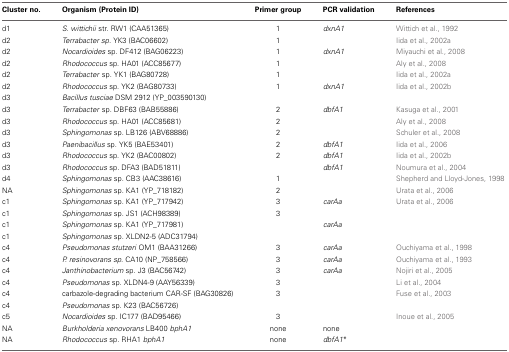
<table><thead><tr><td><b>Cluster no.</b></td><td><b>Organism (Protein ID)</b></td><td><b>Primer group</b></td><td><b>PCR validation</b></td><td><b>References</b></td></tr></thead><tbody><tr><td>d1</td><td><i>S. wittichii</i> str. RW1 (CAA51365)</td><td>1</td><td><i>dxnA1</i></td><td>Wittich et al., 1992</td></tr><tr><td>d2</td><td><i>Terrabacter sp.</i> YK3 (BAC06602)</td><td>1</td><td>[EMPTY_CELL]</td><td>Iida et al., 2002a</td></tr><tr><td>d2</td><td><i>Nocardioides</i> sp. DF412 (BAG06223)</td><td>1</td><td><i>dxnA1</i></td><td>Miyauchi et al., 2008</td></tr><tr><td>d2</td><td><i>Rhodococcus</i> sp. HA01 (ACC85677)</td><td>1</td><td>[EMPTY_CELL]</td><td>Aly et al., 2008</td></tr><tr><td>d2</td><td><i>Terrabacter</i> sp. YK1 (BAG80728)</td><td>1</td><td>[EMPTY_CELL]</td><td>Iida et al., 2002a</td></tr><tr><td>d2</td><td><i>Rhodococcus</i> sp. YK2 (BAG80733)</td><td>1</td><td><i>dxnA1</i></td><td>Iida et al., 2002b</td></tr><tr><td>d3</td><td><i>Bacillus tusciae</i> DSM 2912 (YP_003590130)</td><td>[EMPTY_CELL]</td><td>[EMPTY_CELL]</td><td>[EMPTY_CELL]</td></tr><tr><td>d3</td><td><i>Terrabacter</i> sp. DBF63 (BAB55886)</td><td>2</td><td><i>dbfA1</i></td><td>Kasuga et al., 2001</td></tr><tr><td>d3</td><td><i>Rhodococcus</i> sp. HA01 (ACC85681)</td><td>2</td><td>[EMPTY_CELL]</td><td>Aly et al., 2008</td></tr><tr><td>d3</td><td><i>Sphingomonas</i> sp. LB126 (ABV68886)</td><td>2</td><td>[EMPTY_CELL]</td><td>Schuler et al., 2008</td></tr><tr><td>d3</td><td><i>Paenibacillus</i> sp. YK5 (BAE53401)</td><td>2</td><td><i>dbfA1</i></td><td>Iida et al., 2006</td></tr><tr><td>d3</td><td><i>Rhodococcus</i> sp. YK2 (BAC00802)</td><td>2</td><td><i>dbfA1</i></td><td>Iida et al., 2002b</td></tr><tr><td>d3</td><td><i>Rhodococcus</i> sp. DFA3 (BAD51811)</td><td>[EMPTY_CELL]</td><td><i>dbfA1</i></td><td>Noumura et al., 2004</td></tr><tr><td>d4</td><td><i>Sphingomonas</i> sp. CB3 (AAC38616)</td><td>1</td><td>[EMPTY_CELL]</td><td>Shepherd and Lloyd-Jones, 1998</td></tr><tr><td>NA</td><td><i>Sphingomonas</i> sp. KA1 (YP_718182)</td><td>2</td><td>[EMPTY_CELL]</td><td>Urata et al., 2006</td></tr><tr><td>c1</td><td><i>Sphingomonas</i> sp. KA1 (YP_717942)</td><td>3</td><td><i>carAa</i></td><td>Urata et al., 2006</td></tr><tr><td>c1</td><td><i>Sphingomonas</i> sp. JS1 (ACH98389)</td><td>3</td><td>[EMPTY_CELL]</td><td>[EMPTY_CELL]</td></tr><tr><td>c1</td><td><i>Sphingomonas</i> sp. KA1 (YP_717981)</td><td>[EMPTY_CELL]</td><td><i>carAa</i></td><td>[EMPTY_CELL]</td></tr><tr><td>c1</td><td><i>Sphingomonas</i> sp. XLDN2-5 (ADC31794)</td><td>[EMPTY_CELL]</td><td>[EMPTY_CELL]</td><td>[EMPTY_CELL]</td></tr><tr><td>c4</td><td><i>Pseudomonas stutzeri</i> OM1 (BAA31266)</td><td>3</td><td><i>carAa</i></td><td>Ouchiyama et al., 1998</td></tr><tr><td>c4</td><td><i>P. resinovorans sp.</i> CA10 (NP_758566)</td><td>3</td><td><i>carAa</i></td><td>Ouchiyama et al., 1993</td></tr><tr><td>c4</td><td><i>Janthinobacterium</i> sp. J3 (BAC56742)</td><td>3</td><td><i>carAa</i></td><td>Nojiri et al., 2005</td></tr><tr><td>c4</td><td><i>Pseudomonas</i> sp. XLDN4-9 (AAY56339)</td><td>3</td><td>[EMPTY_CELL]</td><td>Li et al., 2004</td></tr><tr><td>c4</td><td>carbazole-degrading bacterium CAR-SF (BAG30826)</td><td>3</td><td>[EMPTY_CELL]</td><td>Fuse et al., 2003</td></tr><tr><td>c4</td><td><i>Pseudomonas</i> sp. K23 (BAC56726)</td><td>[EMPTY_CELL]</td><td>[EMPTY_CELL]</td><td>[EMPTY_CELL]</td></tr><tr><td>c5</td><td><i>Nocardioides</i> sp. IC177 (BAD95466)</td><td>3</td><td>[EMPTY_CELL]</td><td>Inoue et al., 2005</td></tr><tr><td>NA</td><td><i>Burkholderia xenovorans</i> LB400 <i>bphA1</i></td><td>none</td><td>none</td><td>[EMPTY_CELL]</td></tr><tr><td>NA</td><td><i>Rhodococcus</i> sp. RHA1 <i>bphA1</i></td><td>none</td><td><i>dbfA1</i><sup>*</sup></td><td>[EMPTY_CELL]</td></tr></tbody></table>